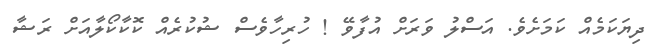
ދިޔަކަމެއް ކަމަށެވެ. އަސްލު ވަރަށް އުފާވޭ ! ހުރިހާވެސް ޝުކުރެއް ކޮކާކޯލާއަށް ރަޝާ